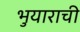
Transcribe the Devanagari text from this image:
भुयाराची